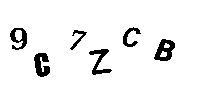
9C7ZCB